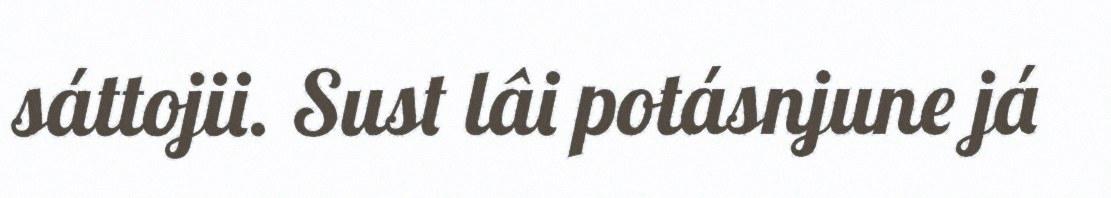
sáttojii. Sust lâi potásnjune já